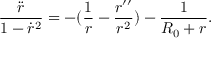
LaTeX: \frac { \ddot { r } } { 1 - \dot { r } ^ { 2 } } = - ( \frac { 1 } { r } - \frac { r ^ { \prime \prime } } { r ^ { 2 } } ) - \frac { 1 } { R _ { 0 } + r } .